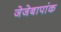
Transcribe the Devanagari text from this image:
जेजेबापांक